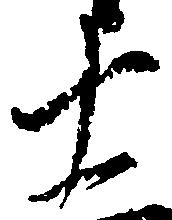
十